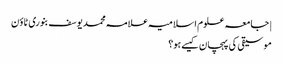
| جامعہ علوم اسلامیہ علامہ محمد یوسف بنوری ٹاؤن
موسیقی کی پہچان کیسے ہو؟